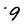
Character: 9